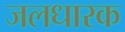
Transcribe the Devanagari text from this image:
जलधारक